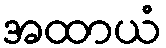
အထာယံ